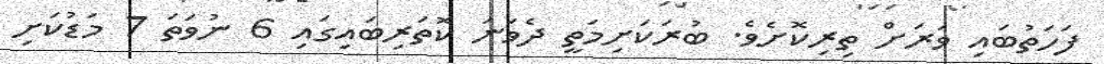
ފަހަތުބައި ވަރަށް ތިރިކޮށެވެ. ބުރަކަށިމަތީ ދެވަނަ ކޮތަރިބައިގައި 6 ނުވަތަ 7 މަޑުކަށި